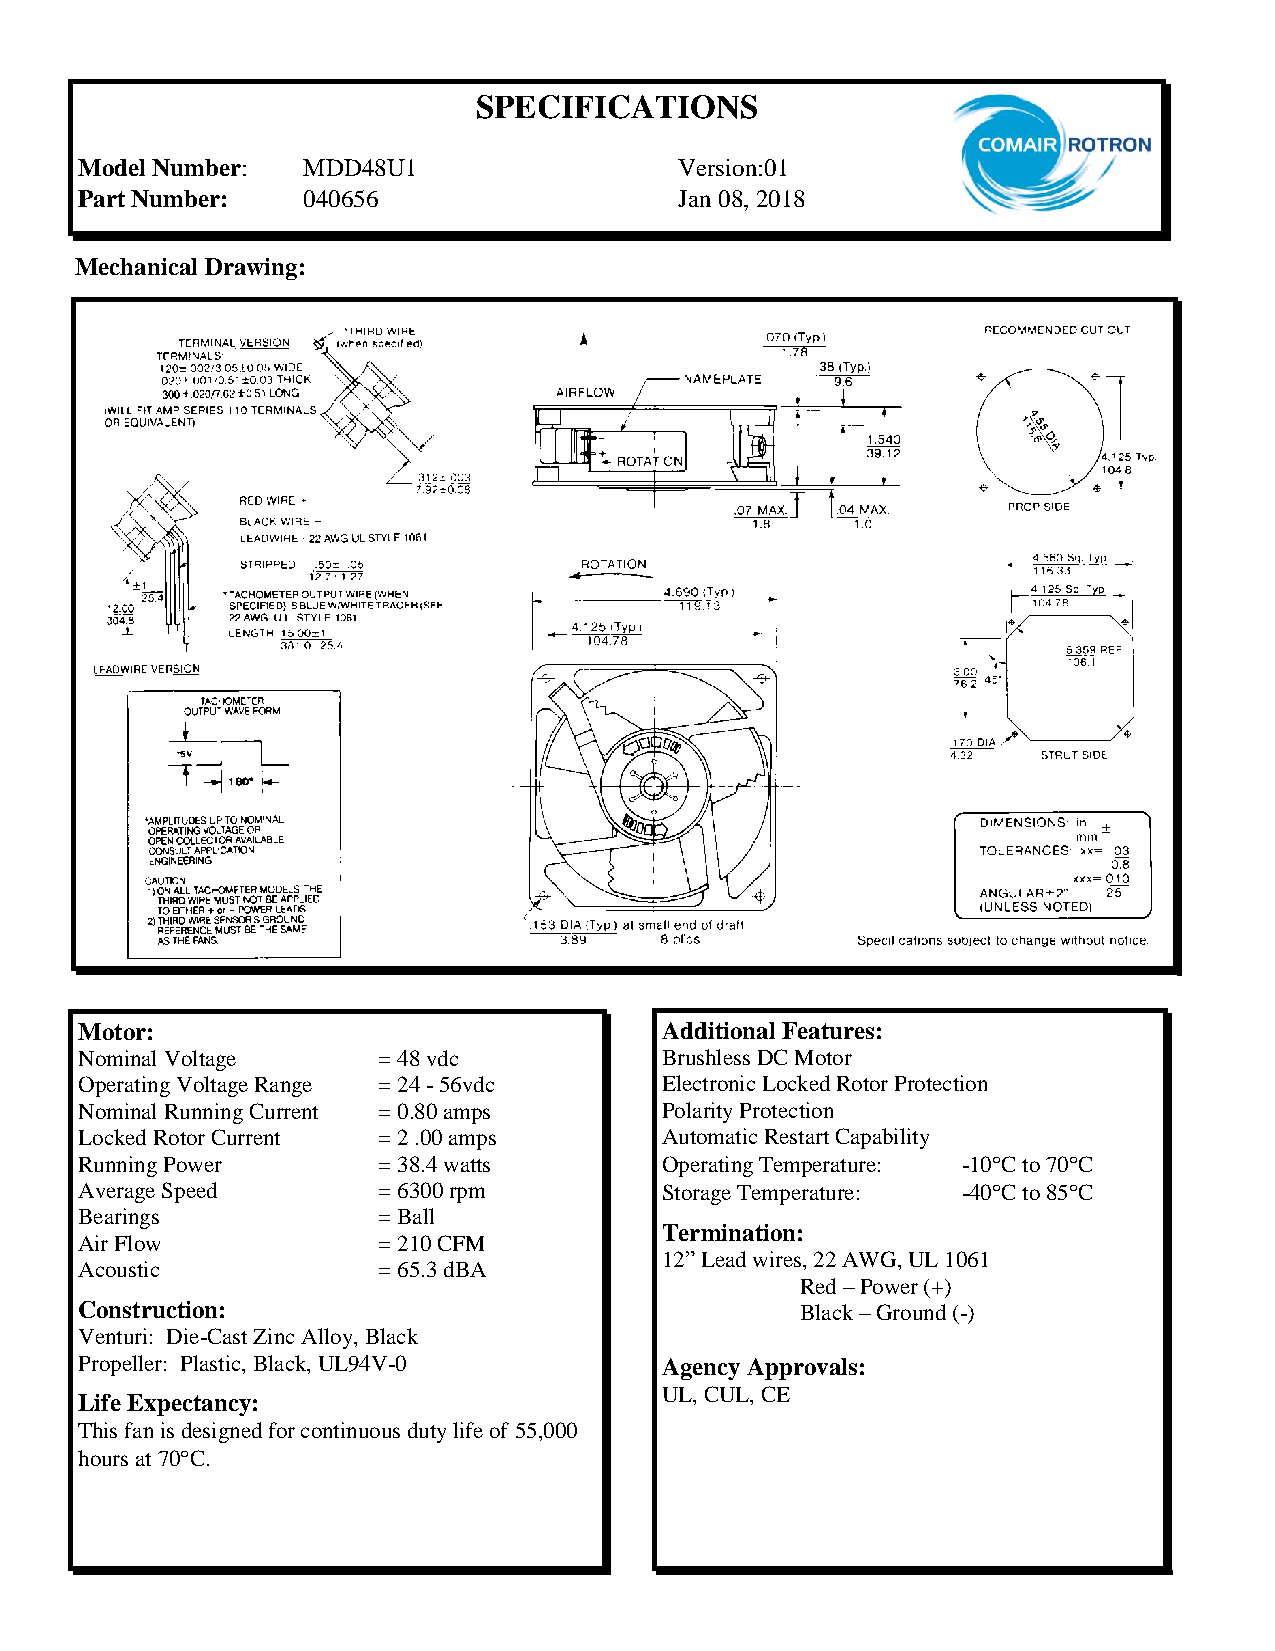
SPECIFICATIONS
 Model Number:  MDD48U1                  Version:01
 Part Number:   040656                   Jan 08, 2018
 Mechanical Drawing:
 Motor:                                 Additional Features:
 Nominal Voltage     = 48 vdc           Brushless DC Motor
 Operating Voltage Range = 24 - 56vdc   Electronic Locked Rotor Protection
 Nominal Running Current = 0.80 amps    Polarity Protection
 Locked Rotor Current = 2 .00 amps      Automatic Restart Capability
 Running Power       = 38.4 watts       Operating Temperature: -10C to 70C
 Average Speed       = 6300 rpm         Storage Temperature: -40C to 85C
 Bearings            = Ball
 Termination:
 Air Flow            = 210 CFM
 12” Lead wires, 22 AWG, UL 1061
 Acoustic            = 65.3 dBA
 Red – Power (+)
 Construction:                                   Black – Ground (-)
 Venturi: Die-Cast Zinc Alloy, Black
 Propeller: Plastic, Black, UL94V-0     Agency Approvals:
 UL, CUL, CE
 Life Expectancy:
 This fan is designed for continuous duty life of 55,000
 hours at 70C.